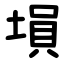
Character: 塤